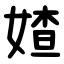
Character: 㜁